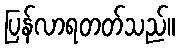
ပြန်လာရတတ်သည်။